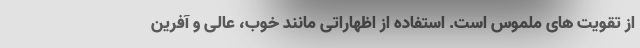
از تقویت های ملموس است. استفاده از اظهاراتی مانند خوب، عالی و آفرین